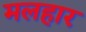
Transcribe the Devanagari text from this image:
मलहार